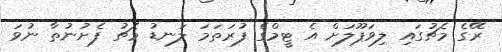
ރޭގެ މެޗުގައި ލިވަޕޫލަށް އެ ޓީމްގެ ފުރަތަމަ ލަނޑު މެޗު ފެށުނުތާ ނުވަ